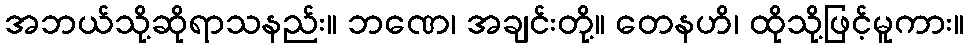
အဘယ်သို့ဆိုရာသနည်း။ ဘဏေ၊ အချင်းတို့။ တေနဟိ၊ ထိုသို့ဖြင့်မူကား။